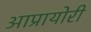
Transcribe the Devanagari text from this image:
आप्रायोरी